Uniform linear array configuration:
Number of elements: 32
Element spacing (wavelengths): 0.75
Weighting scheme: hamming
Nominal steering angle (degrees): -30
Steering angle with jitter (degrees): -31.263
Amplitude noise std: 0.05
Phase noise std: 0.05

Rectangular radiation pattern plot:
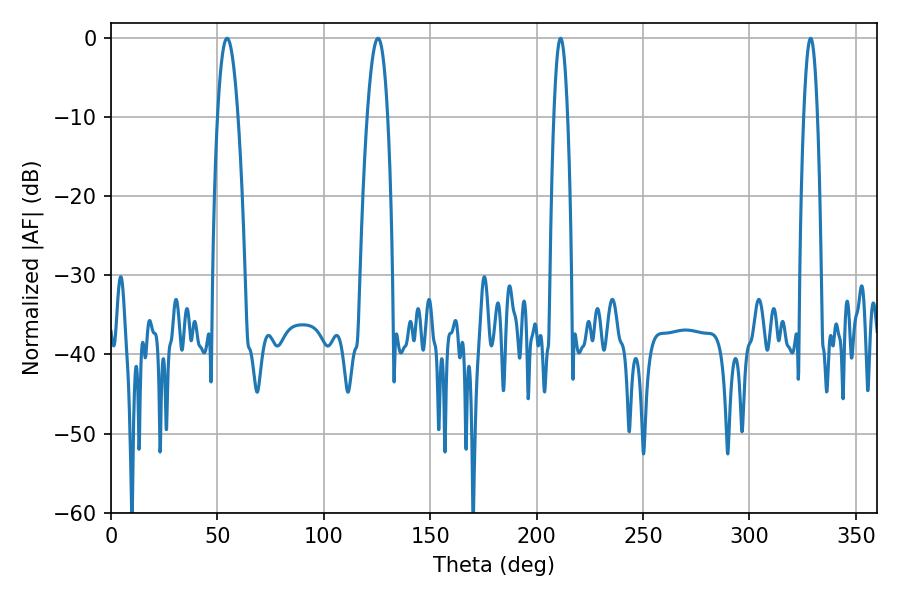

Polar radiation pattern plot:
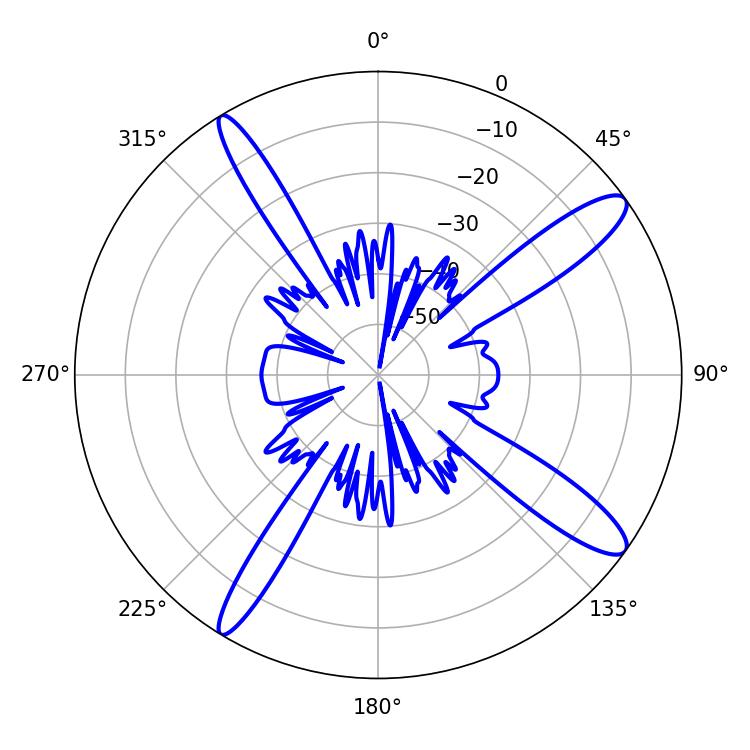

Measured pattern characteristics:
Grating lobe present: TRUE
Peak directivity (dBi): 13.318
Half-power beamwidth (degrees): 5.22
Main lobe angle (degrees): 54.54